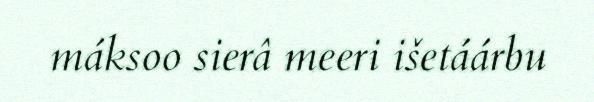
máksoo sierâ meeri išetáárbu